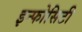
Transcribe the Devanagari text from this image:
इन्फोसिटी